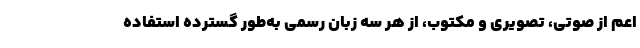
اعم از صوتی، تصویری و مکتوب، از هر سه زبان رسمی به‌طور گسترده استفاده